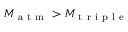
M _ { \mathrm { ~ a ~ t ~ m ~ } } > M _ { \mathrm { ~ t ~ r ~ i ~ p ~ l ~ e ~ } }